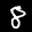
Label: 8